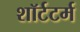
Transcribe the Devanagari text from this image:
शॉर्टटर्म